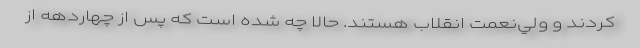
كردند و ولي‌نعمت انقلاب هستند. حالا چه شده است كه پس از چهاردهه از